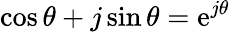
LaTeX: \cos\theta+j\sin\theta=\mathrm{e}^{j\theta}